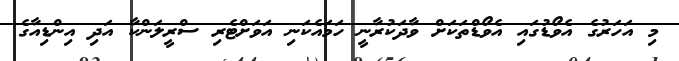
މި އަހަރުގެ އެވޯޑުގައި އެވޯޑްތަކަށް ވާދަކުރާނީ ހަމައެކަނި އަވަށްޓެރި ސްރީލަންކާ އަދި އިންޑިއާގެ